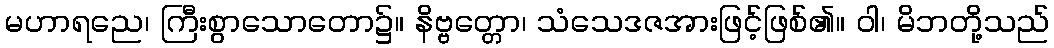
မဟာရညေ၊ ကြီးစွာသောတော၌။ နိဗ္ဗတ္တော၊ သံသေဒဇအားဖြင့်ဖြစ်၏။ ဝါ၊ မိဘတို့သည်